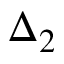
\Delta _ { 2 }